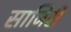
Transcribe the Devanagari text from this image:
साजिरी